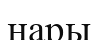
нары